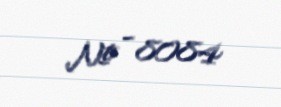
№ - 8084